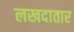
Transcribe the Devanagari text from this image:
लखदातार